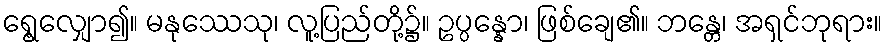
ရွေ့လျှော၍။ မနုဿေသု၊ လူ့ပြည်တို့၌။ ဥပ္ပန္နော၊ ဖြစ်ချေ၏။ ဘန္တေ၊ အရှင်ဘုရား။